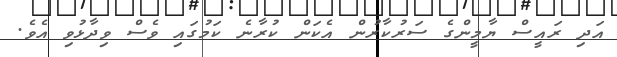
އަދި ރައީސް ޔާމީންގެ ސަރުކާރުން އެކަން ކުރާނެ ކަމުގައި ވެސް ވިދާޅުވި އެވެ.